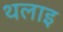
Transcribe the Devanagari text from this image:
थलाइ